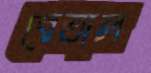
বেতাল